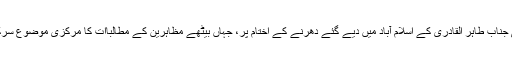
ان دونوں باتوں کی تان ٹوٹی جناب طاہر القادری کے اسلام آباد میں دیے گئے دھرنے کے اختام پر، جہاں بیٹھے مظاہرین کے مطالباات کا مرکزی موضوع سرکاری افسران کا احتساب تھا۔